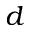
d